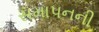
સમાપનની